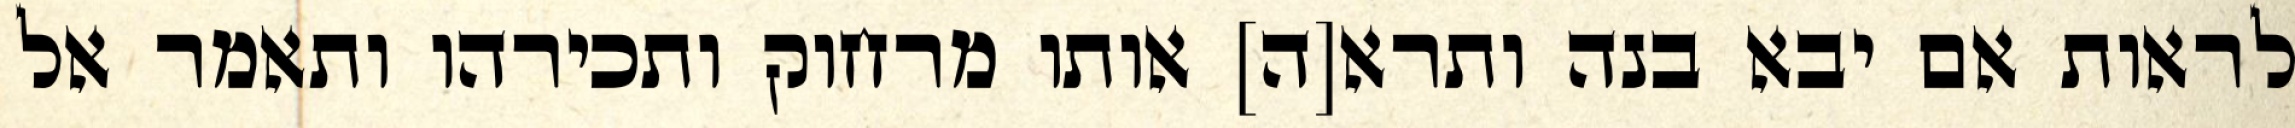
לראות אם יבא בנה ותרא[ה] אותו מרחוק ותכירהו ותאמר אל